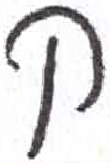
אות: ק